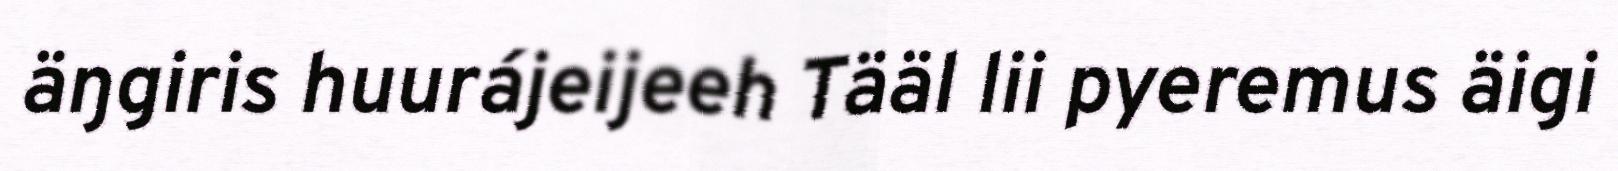
äŋgiris huurájeijeeh Tääl lii pyeremus äigi